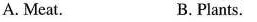
A. Meat. B.Plants.